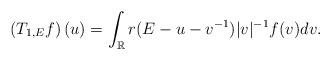
LaTeX: \begin{align*}\left(T_{1,E}f\right)(u)=\int_{\mathbb{R}}r(E-u-v^{-1})|v|^{-1}f(v)dv.\end{align*}